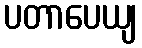
ပတာပေယျ